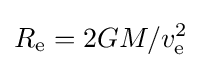
R_{\text{e}}=2GM/v_{\text{e}}^{2}